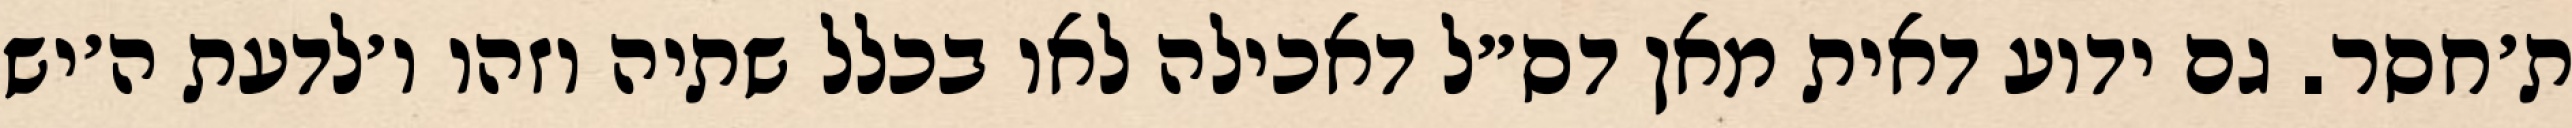
ת׳חסר. גם ידוע דאית מאן דס״ל דאכילה לאו בכלל שתיה וזהו ו׳לדעת ה׳יש